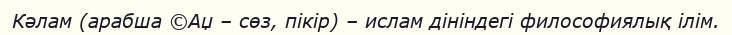
Кәлам (арабша ©Аџ – сөз, пікір) – ислам дініндегі философиялық ілім.